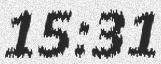
15:31